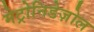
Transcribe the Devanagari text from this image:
मेट्रोनिडेज़ोल